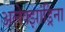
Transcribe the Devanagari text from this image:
अलेक्झांड्रिना